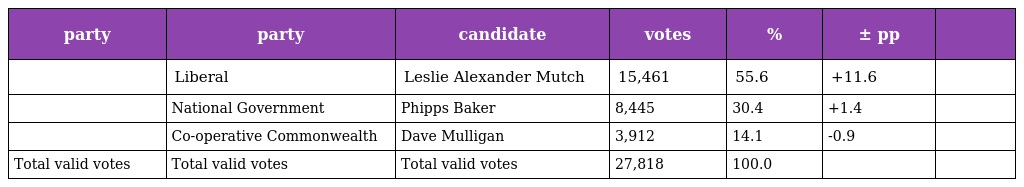
| party | party | candidate | votes | % | ± pp |  |
 | --- | --- | --- | --- | --- | --- | --- |
 |  | Liberal | Leslie Alexander Mutch | 15,461 | 55.6 | +11.6 |  |
 |  | National Government | Phipps Baker | 8,445 | 30.4 | +1.4 |  |
 |  | Co-operative Commonwealth | Dave Mulligan | 3,912 | 14.1 | -0.9 |  |
 | Total valid votes | Total valid votes | Total valid votes | 27,818 | 100.0 |  |  |